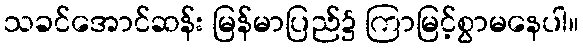
သခင်အောင်ဆန်း မြန်မာပြည်၌ ကြာမြင့်စွာမနေပါ။